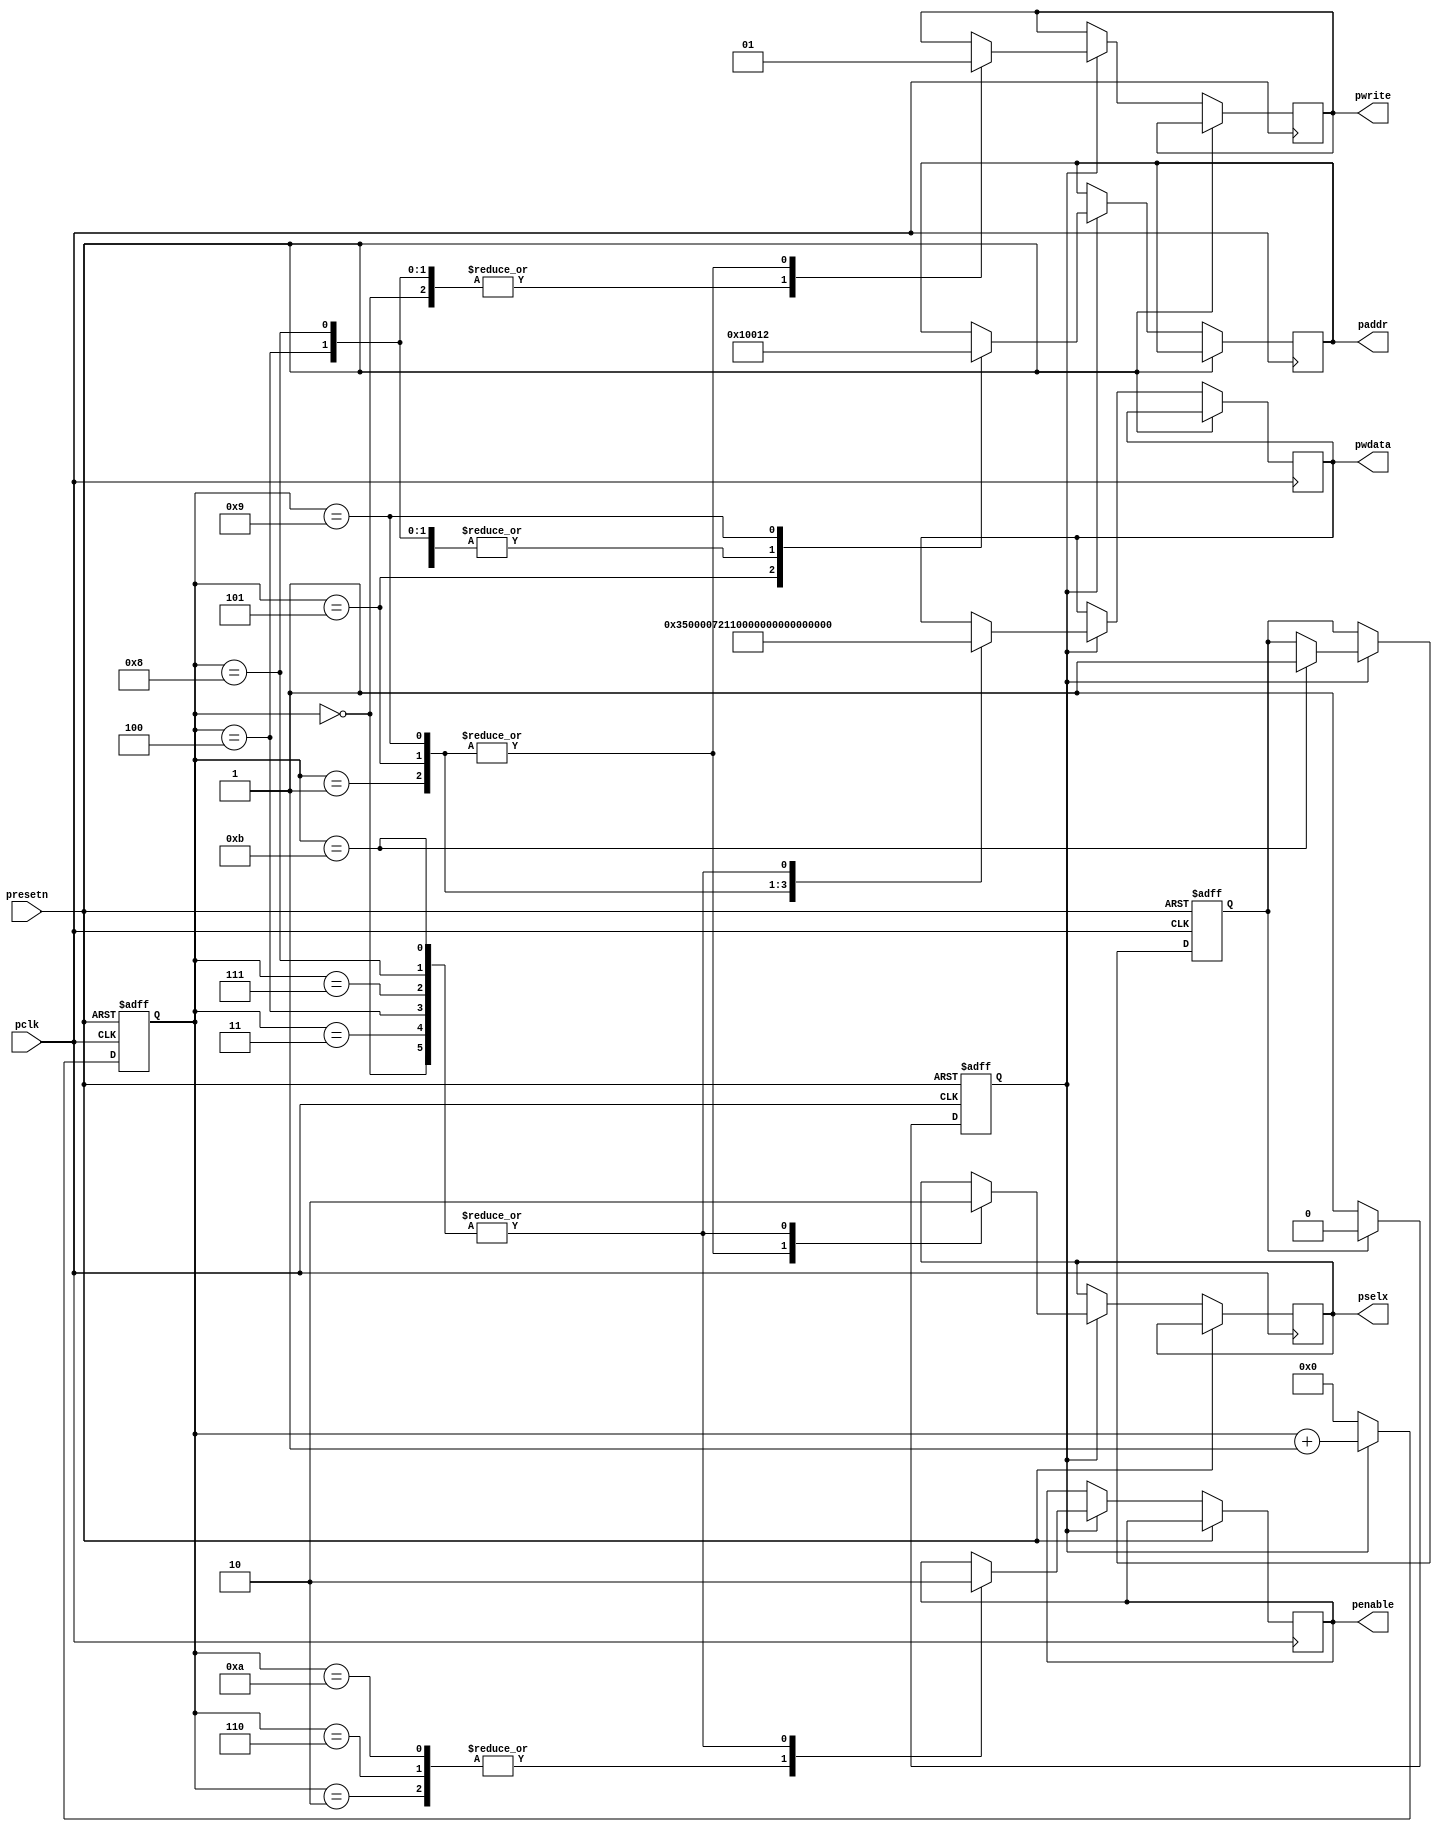
//************************************************************************
//Copyright (c) 2015, PANGO MICROSYSTEMS,INC
//All Rights Reserved
//************************************************************************
`timescale 1ns / 1ns
module config_reg  # (
    parameter SPEED_TYPE = "10/100/1000M_MAC"
)
(
  input               pclk        ,
  input               presetn     ,  
  output  reg         pselx       , 
  output  reg         pwrite      ,
  output  reg         penable     ,
  output  reg   [7:0] paddr       , 
  output  reg  [31:0] pwdata       
);

reg  config_start;
reg  config_done;
reg         [9:0] hstcnt      ;
parameter  TP=1; 
parameter [7:0]  MAC1=8'h00,
                 MAC2=8'h01,
                 ADDR_FIR=8'h12;

always @ ( posedge pclk or posedge presetn )
begin
     if(presetn)
        config_start<=#TP 1'b0;
     else if(config_done==1'b1)
        config_start<=#TP 1'b0;
     else 
        config_start<=#TP 1'b1;             
end
//-----------------------------------------------------------------
//configure register count,12 period 
always @ ( posedge pclk or posedge presetn ) 
begin
  	if ( presetn ) 
      hstcnt  <= #TP 10'h0;
    else if(config_start) 
      hstcnt  <= #TP hstcnt+10'h1;
    else 
      hstcnt  <= #TP 10'h0;     
end
 
always @ ( posedge pclk or posedge presetn)
begin
  if(presetn)
     config_done<=#TP 1'b0;
  else if(config_start) begin
  case(hstcnt)
  0:
    begin
      paddr  <= #TP 8'h0; 
      pselx  <= #TP 1'b0;
      pwrite  <= #TP 1'b0;
      penable <= #TP 1'b0;
      pwdata <= #TP 32'h0000_0000;
    end 
  1:
    begin
      paddr  <= #TP MAC1;
      pselx  <= #TP 1'b1;
      pwrite  <= #TP 1'b1;
      pwdata <= #TP 32'h0000_0035;
    end
  2:  penable <= #TP 1'b1  ;
  3:
    begin                         
      pselx  <= #TP 1'b0;  
      penable <= #TP 1'b0;        
      pwdata <= #TP 32'h0000_0000; 
    end                            
  4:
    begin                          
      paddr  <= #TP 8'h00;          
      pselx  <= #TP 1'b0;           
      pwrite  <= #TP 1'b0; 
      penable <= #TP 1'b0;          
      pwdata <= #TP 32'h0000_0000;  
    end  
  5: 
    begin                           
      paddr  <= #TP MAC2;            
      pselx  <= #TP 1'b1;            
      pwrite  <= #TP 1'b1; 
      if(SPEED_TYPE == "10/100M_MAC")           
        pwdata <= #TP 32'h0000_7011|32'h0000_0100; 
      else
        pwdata <= #TP 32'h0000_7011|32'h0000_0200;  
    end                          
  6:  penable <= #TP 1'b1;
  7:
    begin                         
      pselx  <= #TP 1'b0; 
      penable <= #TP 1'b0;         
      pwdata <= #TP 32'h0000_0000; 
    end                            
  8:
    begin                         
      paddr  <= #TP 8'h00;         
      pselx  <= #TP 1'b0;          
      pwrite  <= #TP 1'b0;   
      penable <= #TP 1'b0;       
      pwdata <= #TP 32'h0000_0000; 
    end                             
  9:
    begin                          
      paddr  <= #TP ADDR_FIR;       
      pselx  <= #TP 1'b1;           
      pwrite  <= #TP 1'b1;           
      pwdata <= #TP 32'h0000_0080;  
    end                            
  10: penable <= #TP 1'b1 ;
  11:
    begin                           
      pselx  <= #TP 1'b0;
      penable <= #TP 1'b0;            
      pwdata <= #TP 32'h0000_0000;  
      config_done<=#TP 1'b1; 
    end   
  default: ;      
  endcase
  end
end    

endmodule